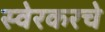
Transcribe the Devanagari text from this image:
स्वेरकरचे